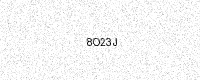
Text: 8O23J